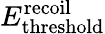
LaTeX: E_{\textup{threshold}}^{\textup{recoil}}